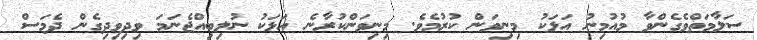
ސަލާމަތްވެގެންވާ މުއުމިނު އަޅަކު މިނިވަން ކުރުމެވެ. މިނިވަންކުރާނެ އަޅަކު ނުލިބިއްޖެނަމަ ވިދިވިދިގެން ދެމަސް